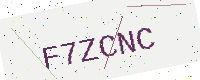
Text: F7ZCNC